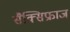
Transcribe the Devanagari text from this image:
सैक्सिफ्राज